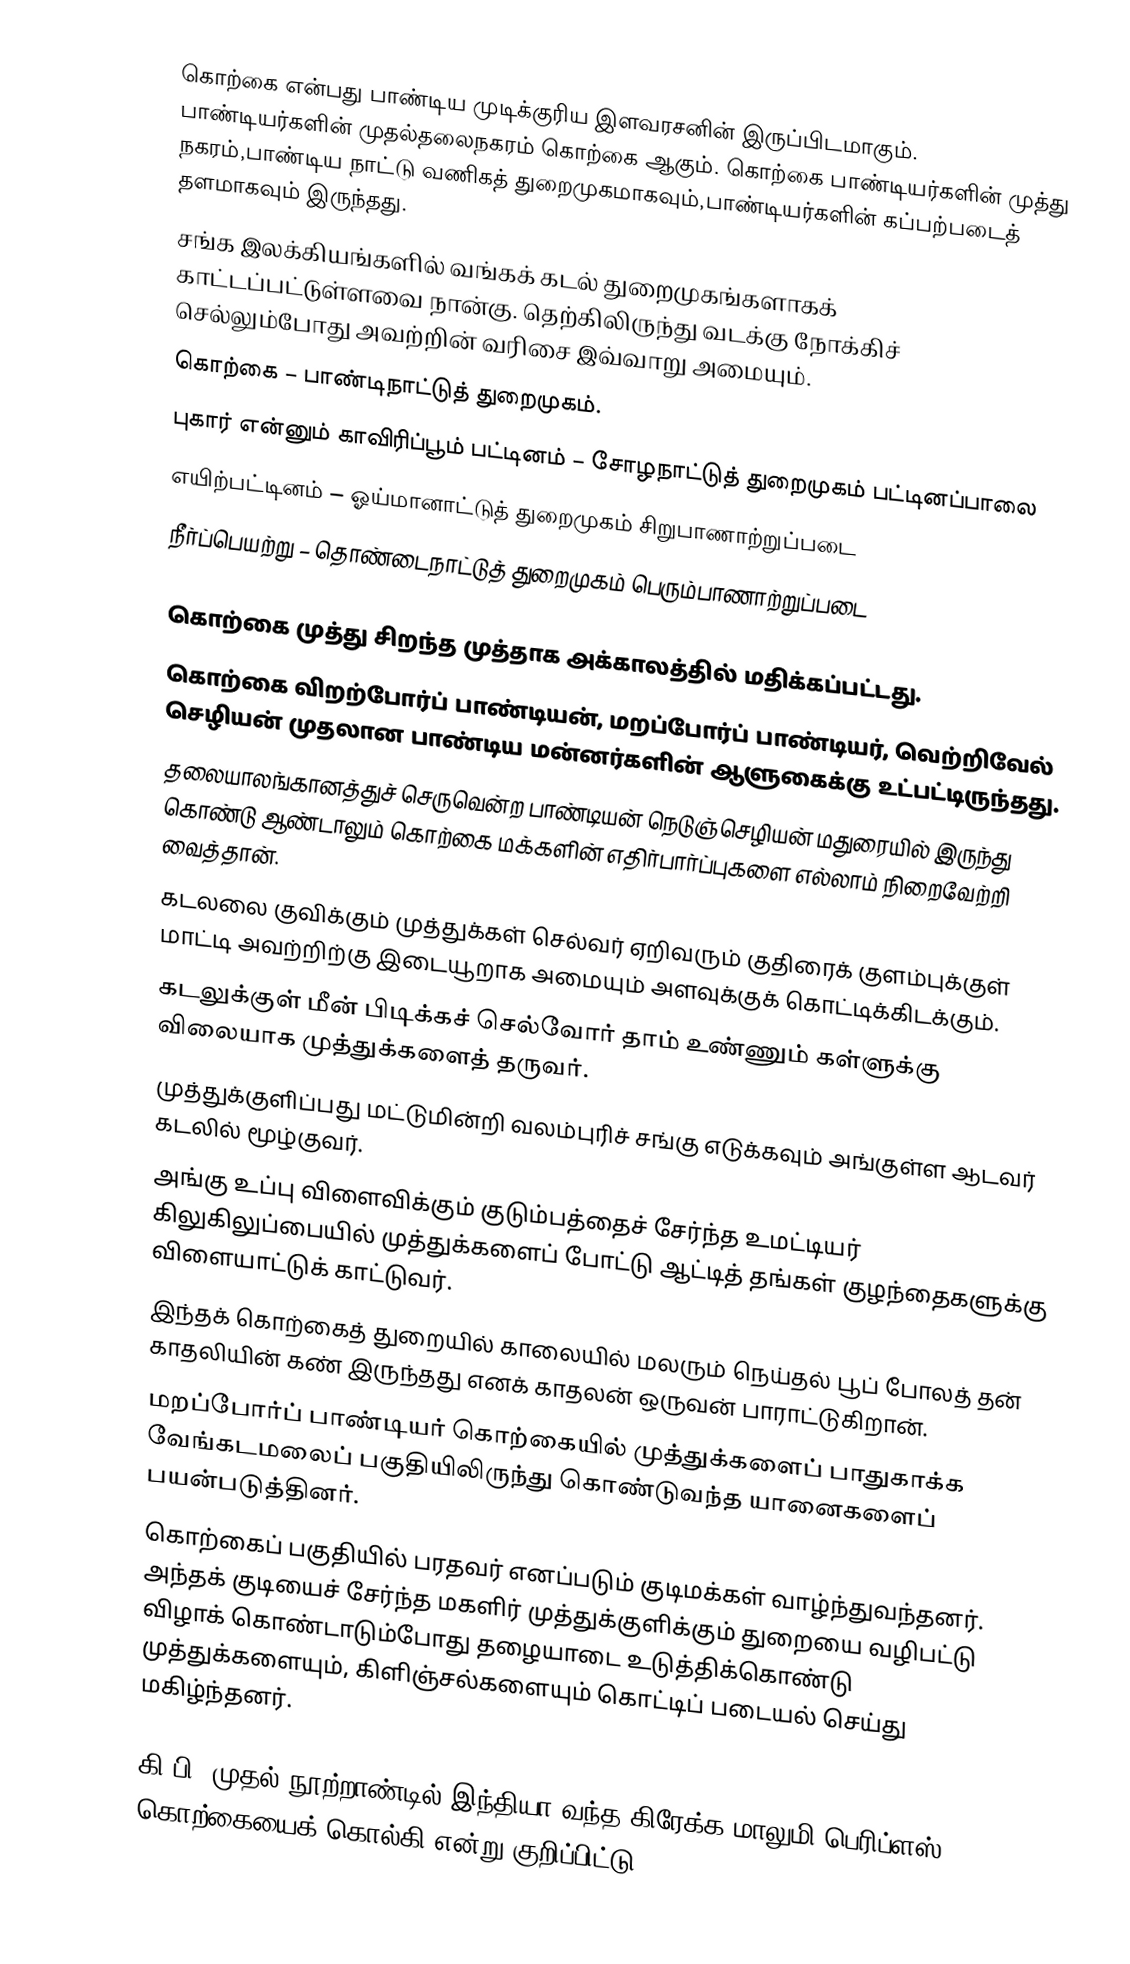
கொற்கை என்பது பாண்டிய முடிக்குரிய இளவரசனின் இருப்பிடமாகும். பாண்டியர்களின் முதல்தலைநகரம் கொற்கை ஆகும். கொற்கை பாண்டியர்களின் முத்து நகரம்,பாண்டிய நாட்டு வணிகத் துறைமுகமாகவும்,பாண்டியர்களின் கப்பற்படைத் தளமாகவும் இருந்தது.
 சங்க இலக்கியங்களில்  வங்கக் கடல் துறைமுகங்களாகக் காட்டப்பட்டுள்ளவை நான்கு. தெற்கிலிருந்து வடக்கு நோக்கிச் செல்லும்போது அவற்றின் வரிசை இவ்வாறு அமையும்.
கொற்கை – பாண்டிநாட்டுத் துறைமுகம்.
புகார் என்னும் காவிரிப்பூம் பட்டினம் – சோழநாட்டுத் துறைமுகம் பட்டினப்பாலை
எயிற்பட்டினம் – ஓய்மானாட்டுத் துறைமுகம் சிறுபாணாற்றுப்படை
நீர்ப்பெயற்று – தொண்டைநாட்டுத் துறைமுகம் பெரும்பாணாற்றுப்படை

கொற்கை முத்து சிறந்த முத்தாக அக்காலத்தில் மதிக்கப்பட்டது.
கொற்கை விறற்போர்ப் பாண்டியன், மறப்போர்ப் பாண்டியர், வெற்றிவேல் செழியன்  முதலான பாண்டிய மன்னர்களின் ஆளுகைக்கு உட்பட்டிருந்தது.
தலையாலங்கானத்துச் செருவென்ற பாண்டியன் நெடுஞ்செழியன் மதுரையில் இருந்து கொண்டு ஆண்டாலும் கொற்கை மக்களின் எதிர்பார்ப்புகளை எல்லாம் நிறைவேற்றி வைத்தான்.
கடலலை குவிக்கும் முத்துக்கள் செல்வர் ஏறிவரும் குதிரைக் குளம்புக்குள் மாட்டி அவற்றிற்கு இடையூறாக அமையும் அளவுக்குக் கொட்டிக்கிடக்கும்.
கடலுக்குள் மீன் பிடிக்கச் செல்வோர் தாம் உண்ணும் கள்ளுக்கு விலையாக முத்துக்களைத் தருவர்.
முத்துக்குளிப்பது மட்டுமின்றி வலம்புரிச் சங்கு எடுக்கவும் அங்குள்ள ஆடவர் கடலில் மூழ்குவர்.
அங்கு உப்பு விளைவிக்கும் குடும்பத்தைச் சேர்ந்த உமட்டியர் கிலுகிலுப்பையில் முத்துக்களைப் போட்டு ஆட்டித் தங்கள் குழந்தைகளுக்கு விளையாட்டுக் காட்டுவர்.
இந்தக் கொற்கைத் துறையில் காலையில் மலரும் நெய்தல் பூப் போலத் தன் காதலியின் கண் இருந்தது எனக் காதலன் ஒருவன் பாராட்டுகிறான்.
மறப்போர்ப் பாண்டியர் கொற்கையில் முத்துக்களைப் பாதுகாக்க வேங்கடமலைப் பகுதியிலிருந்து கொண்டுவந்த யானைகளைப் பயன்படுத்தினர்.
கொற்கைப் பகுதியில் பரதவர் எனப்படும் குடிமக்கள் வாழ்ந்துவந்தனர். அந்தக் குடியைச் சேர்ந்த மகளிர் முத்துக்குளிக்கும் துறையை வழிபட்டு விழாக் கொண்டாடும்போது தழையாடை உடுத்திக்கொண்டு முத்துக்களையும், கிளிஞ்சல்களையும் கொட்டிப் படையல் செய்து மகிழ்ந்தனர்.

கி.பி. முதல் நூற்றாண்டில் இந்தியா வந்த கிரேக்க மாலுமி பெரிப்ளஸ் கொற்கையைக் கொல்கி என்று குறிப்பிட்டு